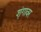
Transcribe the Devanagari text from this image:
शृंगावर